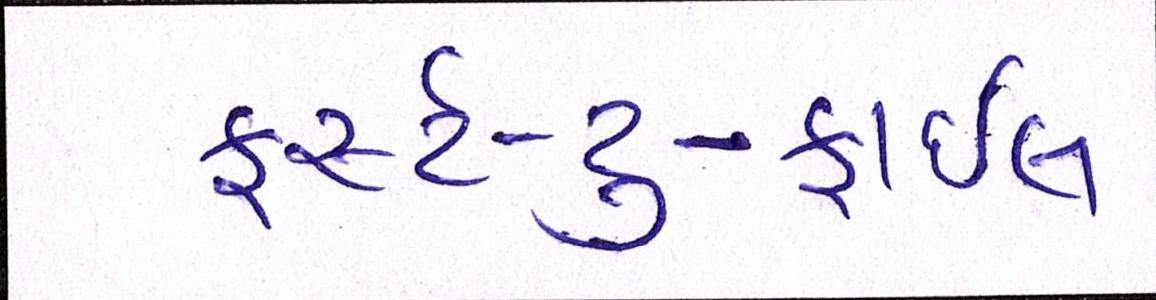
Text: ફર્સ્ટ-ટુ-ફાઇલ